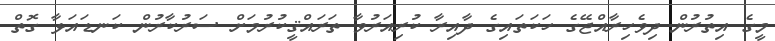
މީގެ އިތުރުން ދިވެހިރާއްޖޭގެ ހަކަތައިގެ ދާއިރާ ކުރިއަރުވާ ތަރައްޤީކުރުމަށް ސަރުކާރުން ކަނޑައަޅާ ގޮތް